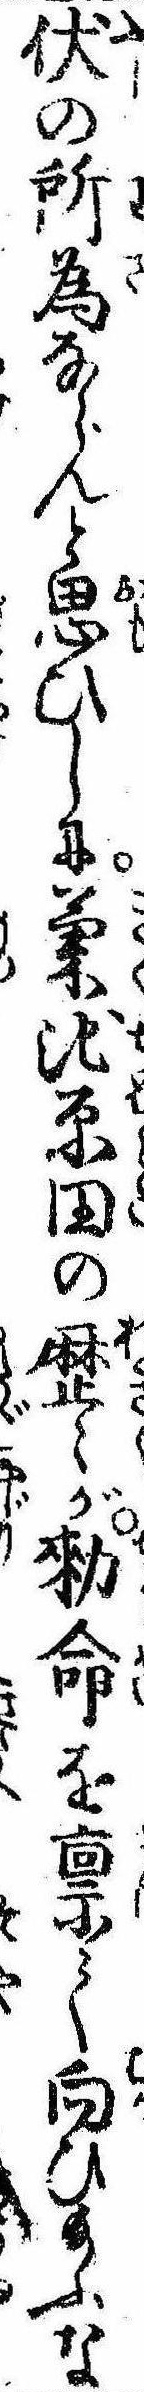
伏の所為ならんと思ひしに菊池原田の歴〻が勅命を禀て向ひ給ふな